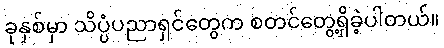
ခုနှစ်မှာ သိပ္ပံပညာရှင်တွေက စတင်တွေ့ရှိခဲ့ပါတယ်။